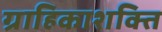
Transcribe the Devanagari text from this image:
ग्राहिकाशक्ति